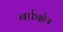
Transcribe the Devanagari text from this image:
बर्फ़क्षेत्र